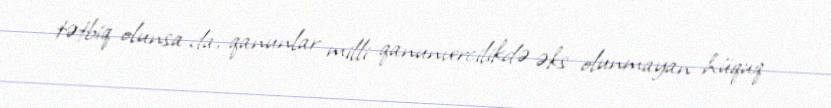
tətbiq olunsa da, qanunlar milli qanunvercilikdə əks olunmayan hüquq